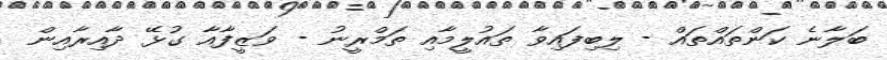
ބަލާނެ ކަންތައްތައް - ލިބިފައިވާ ތައުލީމާއި ތަމްރީނު - ވަޒީފާއާ ގުޅޭ ދާއިރާއިން